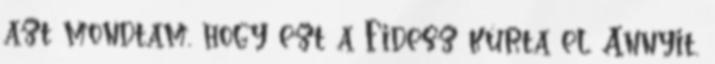
azt mondtam, hogy ezt a Fidesz kúrta el. Annyit,